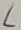
Text: L